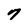
Character: 7